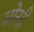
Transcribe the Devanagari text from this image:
ग्रोसी